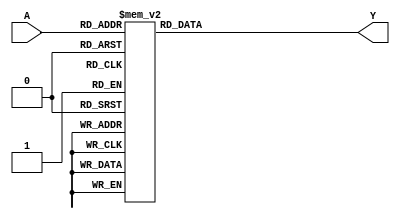
module PrimeImplicant (
    input [3:0] A, // 4-bit input representing the variables
    output reg Y   // Output representing the minimized Boolean function
);

// Define the truth table for the function
// For example, let's assume we have a function F(A3, A2, A1, A0) = (1, 2, 5, 6, 7)
always @(*) begin
    case (A)
        4'b0000: Y = 0; // minterm 0
        4'b0001: Y = 1; // minterm 1
        4'b0010: Y = 1; // minterm 2
        4'b0011: Y = 0; // minterm 3
        4'b0100: Y = 0; // minterm 4
        4'b0101: Y = 1; // minterm 5
        4'b0110: Y = 1; // minterm 6
        4'b0111: Y = 1; // minterm 7
        4'b1000: Y = 0; // minterm 8
        4'b1001: Y = 0; // minterm 9
        4'b1010: Y = 0; // minterm 10
        4'b1011: Y = 0; // minterm 11
        4'b1100: Y = 0; // minterm 12
        4'b1101: Y = 0; // minterm 13
        4'b1110: Y = 0; // minterm 14
        4'b1111: Y = 0; // minterm 15
        default: Y = 0; // Default case
    endcase
end

endmodule